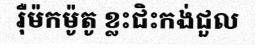
រ៉ឺម៉កម៉ូតូ ខ្លះជិះកង់ជួល